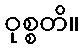
ဝုစ္စတိ။